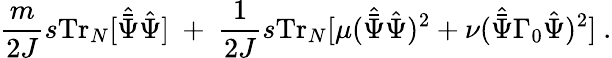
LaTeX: \frac{m}{2J}s\mathrm{Tr}_{N}[{\hat{\bar{\Psi}}}{\hat{\Psi}}]\ +\ \frac{1}{2J}s\mathrm{Tr}_{N}[\mu({\hat{\bar{\Psi}}}{\hat{\Psi}})^{2}+\nu({\hat{\bar{\Psi}}}\Gamma_{0}{\hat{\Psi}})^{2}]\ .